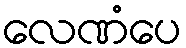
လေဏံပေ